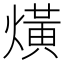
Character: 熿